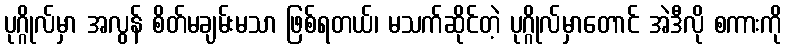
ပုဂ္ဂိုလ်မှာ အလွန် စိတ်မချမ်းမသာ ဖြစ်ရတယ်၊ မသက်ဆိုင်တဲ့ ပုဂ္ဂိုလ်မှာတောင် အဲဒီလို စကားကို